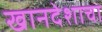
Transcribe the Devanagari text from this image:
खानदेशाचा